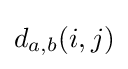
d_{a,b}(i,j)